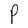
Character: P